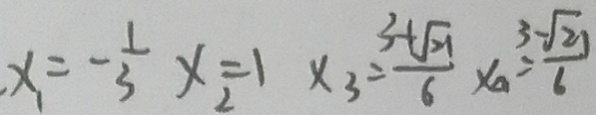
x _ { 1 } = - \frac { 1 } { 3 } x _ { 2 } = 1 x _ { 3 } = \frac { 3 + \sqrt { 2 1 } } { 6 } x _ { 0 } = \frac { 3 - \sqrt { 2 1 } } { 6 }